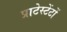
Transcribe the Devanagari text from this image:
प्राटेस्टेंटों